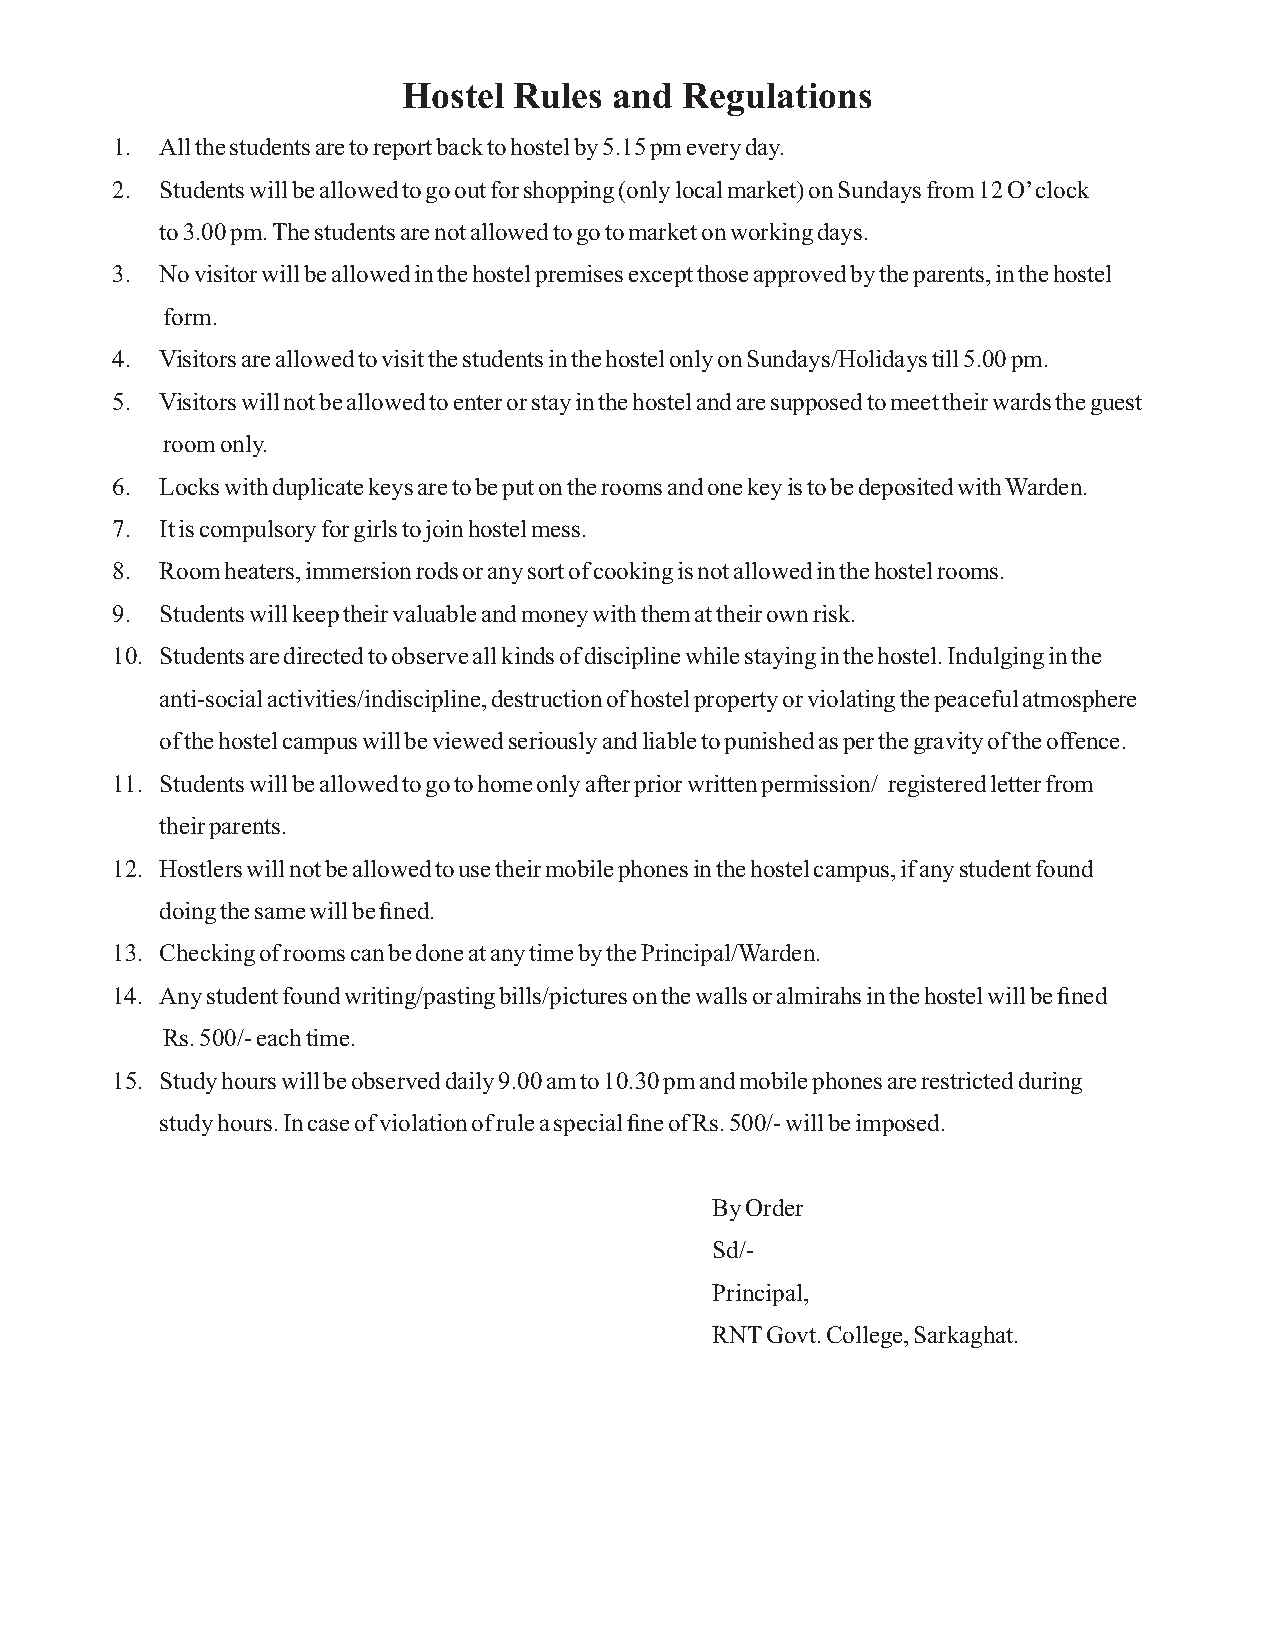
Hostel Rules  and Regulations
 1.  All the students are to report back to hostel by 5.15 pm every day.
 2.  Students will be allowed to go out for shopping (only local market) on Sundays from 12 O’ clock
 to 3.00 pm. The students are not allowed to go to market on working days.
 3.  No visitor will be allowed in the hostel premises except those approved by the parents, in the hostel
 form.
 4.  Visitors are allowed to visit the students in the hostel only on Sundays/Holidays till 5.00 pm.
 5.  Visitors will not be allowed to enter or stay in the hostel and are supposed to meet their wards the guest
 room only.
 6.  Locks with duplicate keys are to be put on the rooms and one key is to be deposited with Warden.
 7.  It is compulsory for girls to join hostel mess.
 8.  Room heaters, immersion rods or any sort of cooking is not allowed in the hostel rooms.
 9.  Students will keep their valuable and money with them at their own risk.
 10. Students are directed to observe all kinds of discipline while staying in the hostel. Indulging in the
 anti-social activities/indiscipline, destruction of hostel property or violating the peaceful atmosphere
 of the hostel campus will be viewed seriously and liable to punished as per the gravity of the offence.
 11. Students will be allowed to go to home only after prior written permission/ registered letter from
 their parents.
 12. Hostlers will not be allowed to use their mobile phones in the hostel campus, if any student found
 doing the same will be fined.
 13. Checking of rooms can be done at any time by the Principal/Warden.
 14. Any student found writing/pasting bills/pictures on the walls or almirahs in the hostel will be fined
 Rs. 500/- each time.
 15. Study hours will be observed daily 9.00 am to 10.30 pm and mobile phones are restricted during
 study hours. In case of violation of rule a special fine of Rs. 500/- will be imposed.
 By Order
 Sd/-
 Principal,
 RNT Govt. College, Sarkaghat.